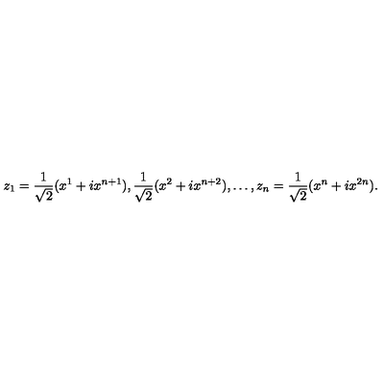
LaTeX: z _ { 1 } = \frac { 1 } { \sqrt { 2 } } ( x ^ { 1 } + i x ^ { n + 1 } ) , \frac { 1 } { \sqrt { 2 } } ( x ^ { 2 } + i x ^ { n + 2 } ) , \dots , z _ { n } = \frac { 1 } { \sqrt { 2 } } ( x ^ { n } + i x ^ { 2 n } ) .